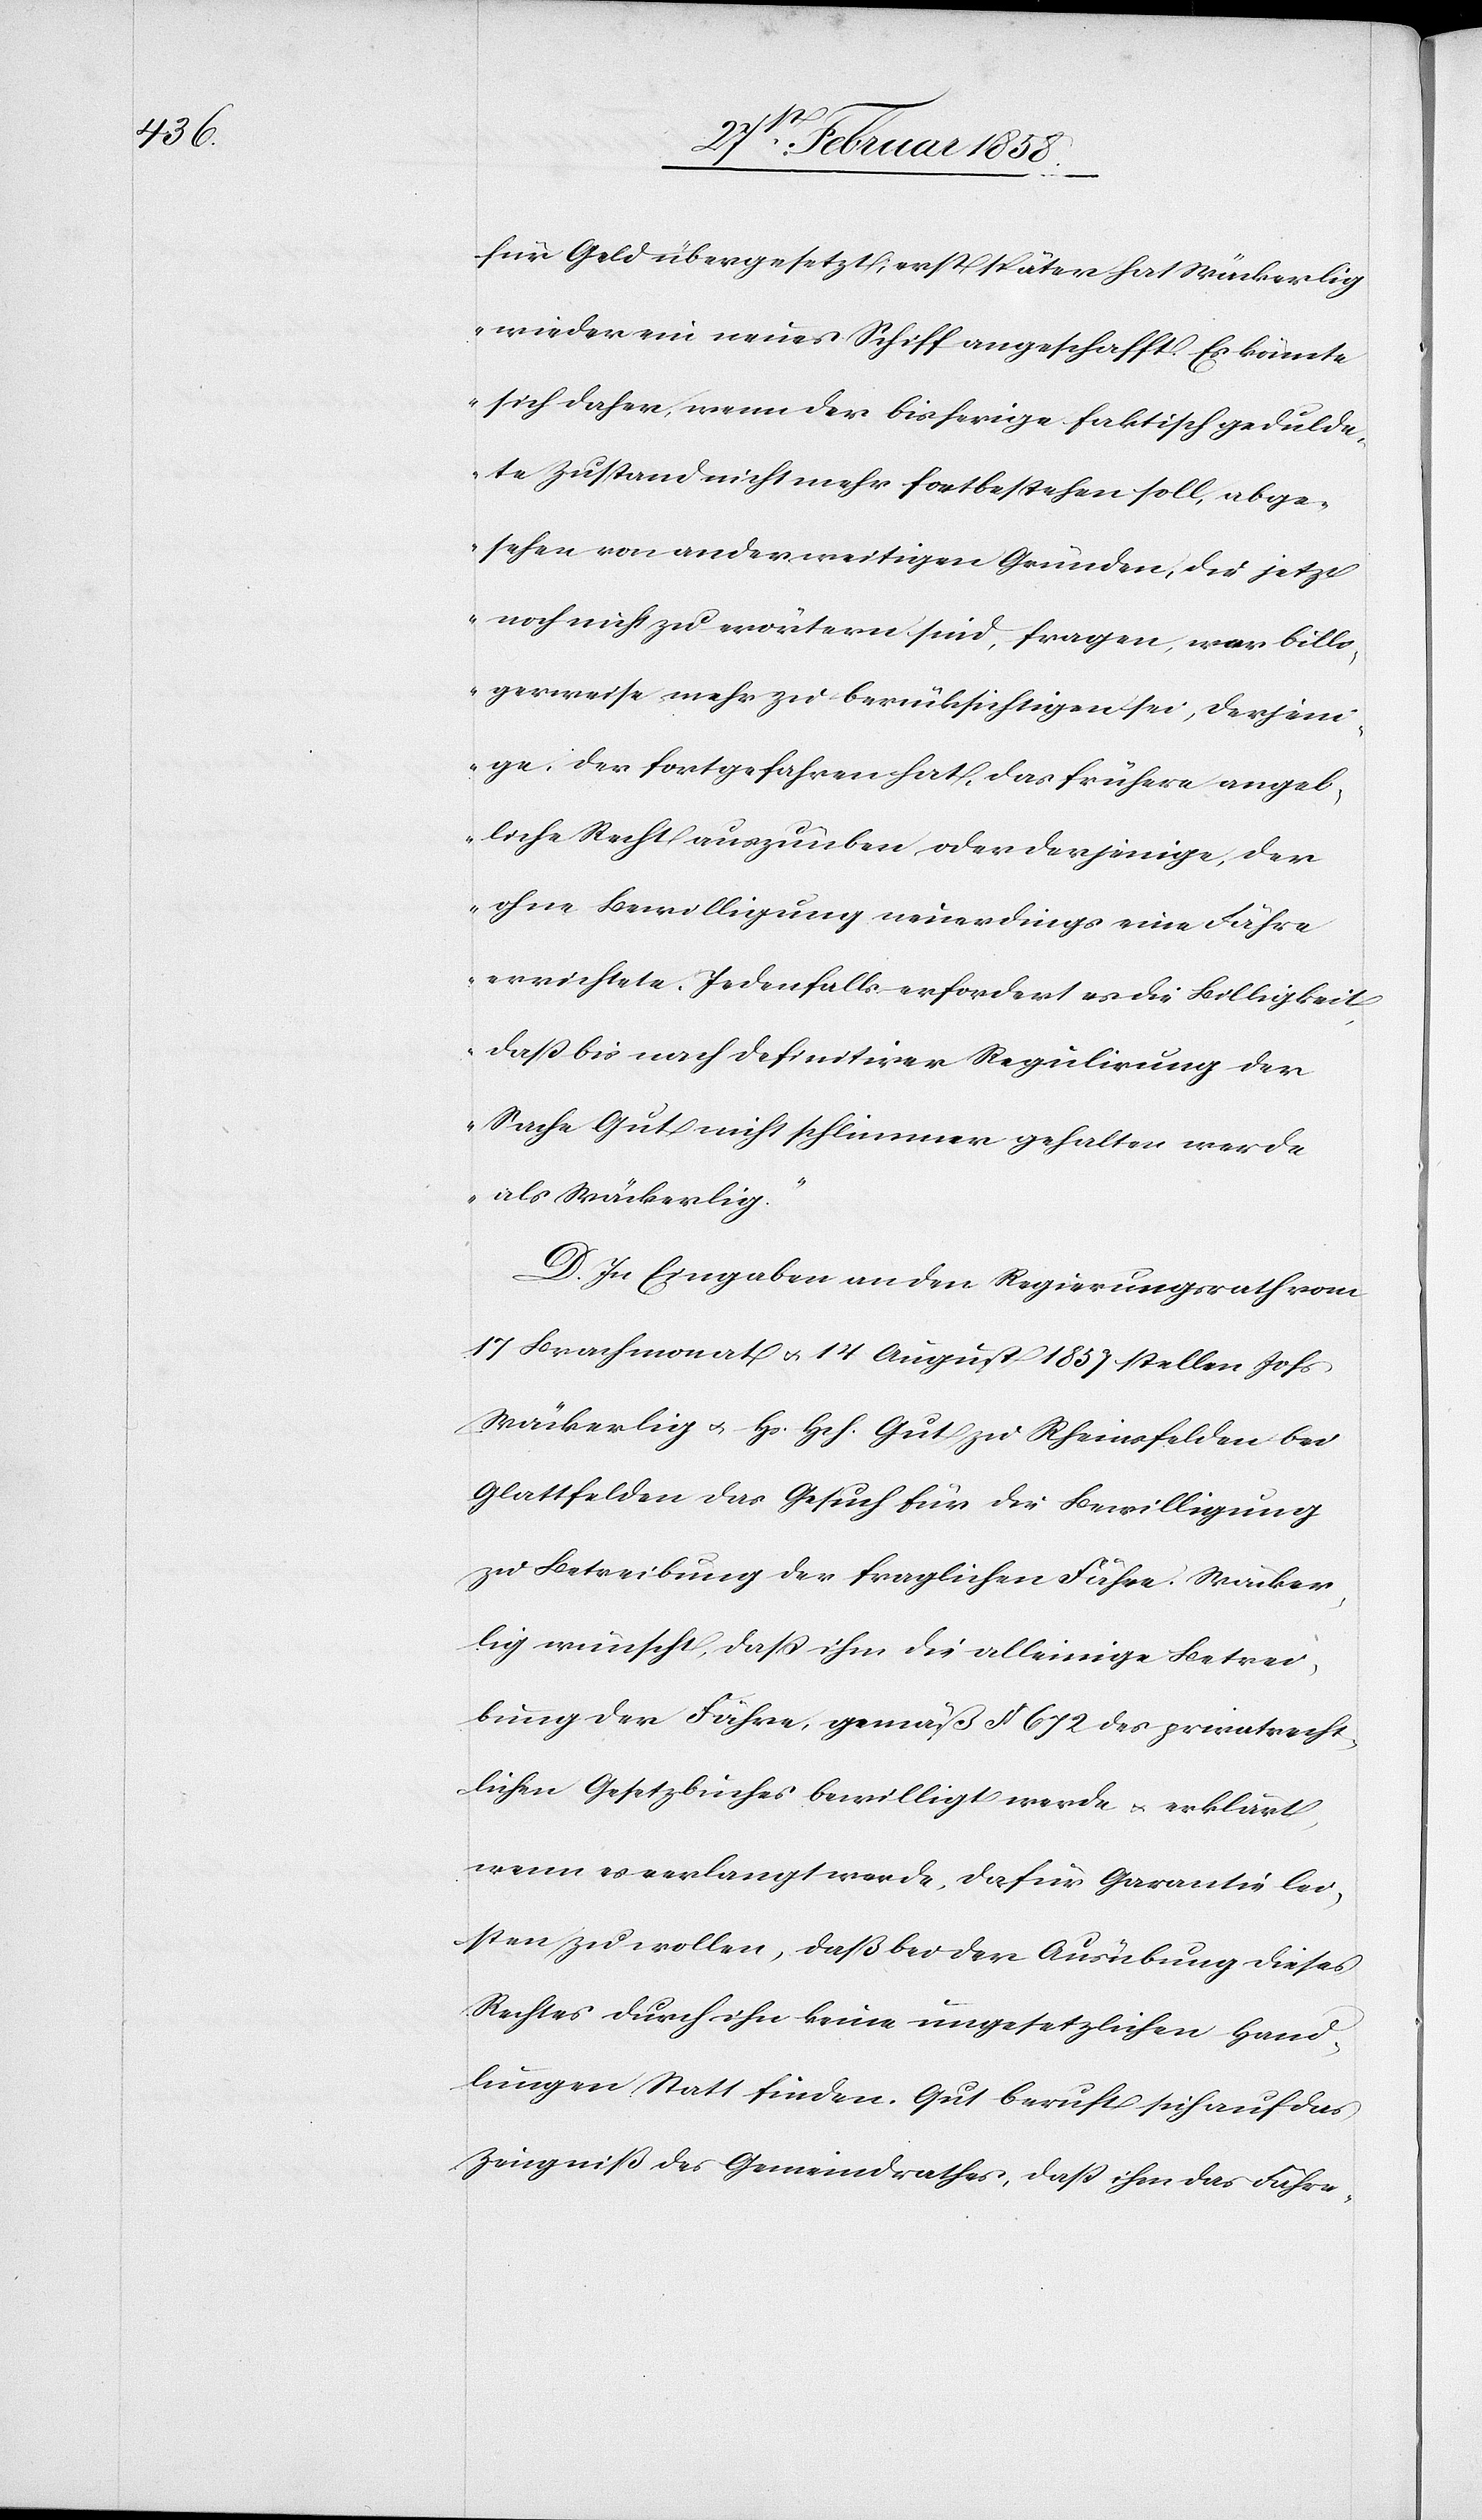
für Geld übergesetzt; erst später hat Wäckerlig
wieder ein neues Schiff angeschafft. Es könnte
sich daher, wenn der bisherige faktisch gedulde¬
te Zustand nicht mehr fortbestehen soll, abge¬
sehen von anderweitigen Gründen, die jetzt
noch nicht zu erörtern sind, fragen, wer billi¬
gerweise mehr zu berücksichtigen sei, derjeni¬
ge, der fortgefahren hat, das frühere angeb¬
liche Recht auszuüben, oder derjenige, der
ohne Bewilligung neuerdings eine Fähre
errichtete. Jedenfalls erfordert es die Billigkeit,
daß bis nach definitiver Regulirung der
Sache Gut nicht schlimmer gehalten werde
als Wäckerlig.“
D. In Eingaben an den Regierungsrath vom
17 Brachmonat u. 14 August 1857 stellen Johs
Wäckerlig u. Hs. Hch. Gut zu Rheinfelden bei
Glattfelden das Gesuch für die Bewilligung
zu Betreibung der fraglichen Fähre. Wäcker¬
lig wünscht, daß ihm die alleinige Betrei¬
bung der Fähre, gemäß § 672 des privatrecht¬
lichen Gesetzbuches bewilligt werde u. erklärt,
wenn es verlangt werde, dafür Garantie lei¬
sten zu wollen, daß bei der Ausübung dieses
Rechtes durch ihn keine ungesetzlichen Hand¬
lungen Statt finden. Gut beruft sich auf das
Zeugniß des Gemeindrathes, daß ihm das Fähre-